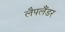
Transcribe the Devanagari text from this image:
लैपलैंडर